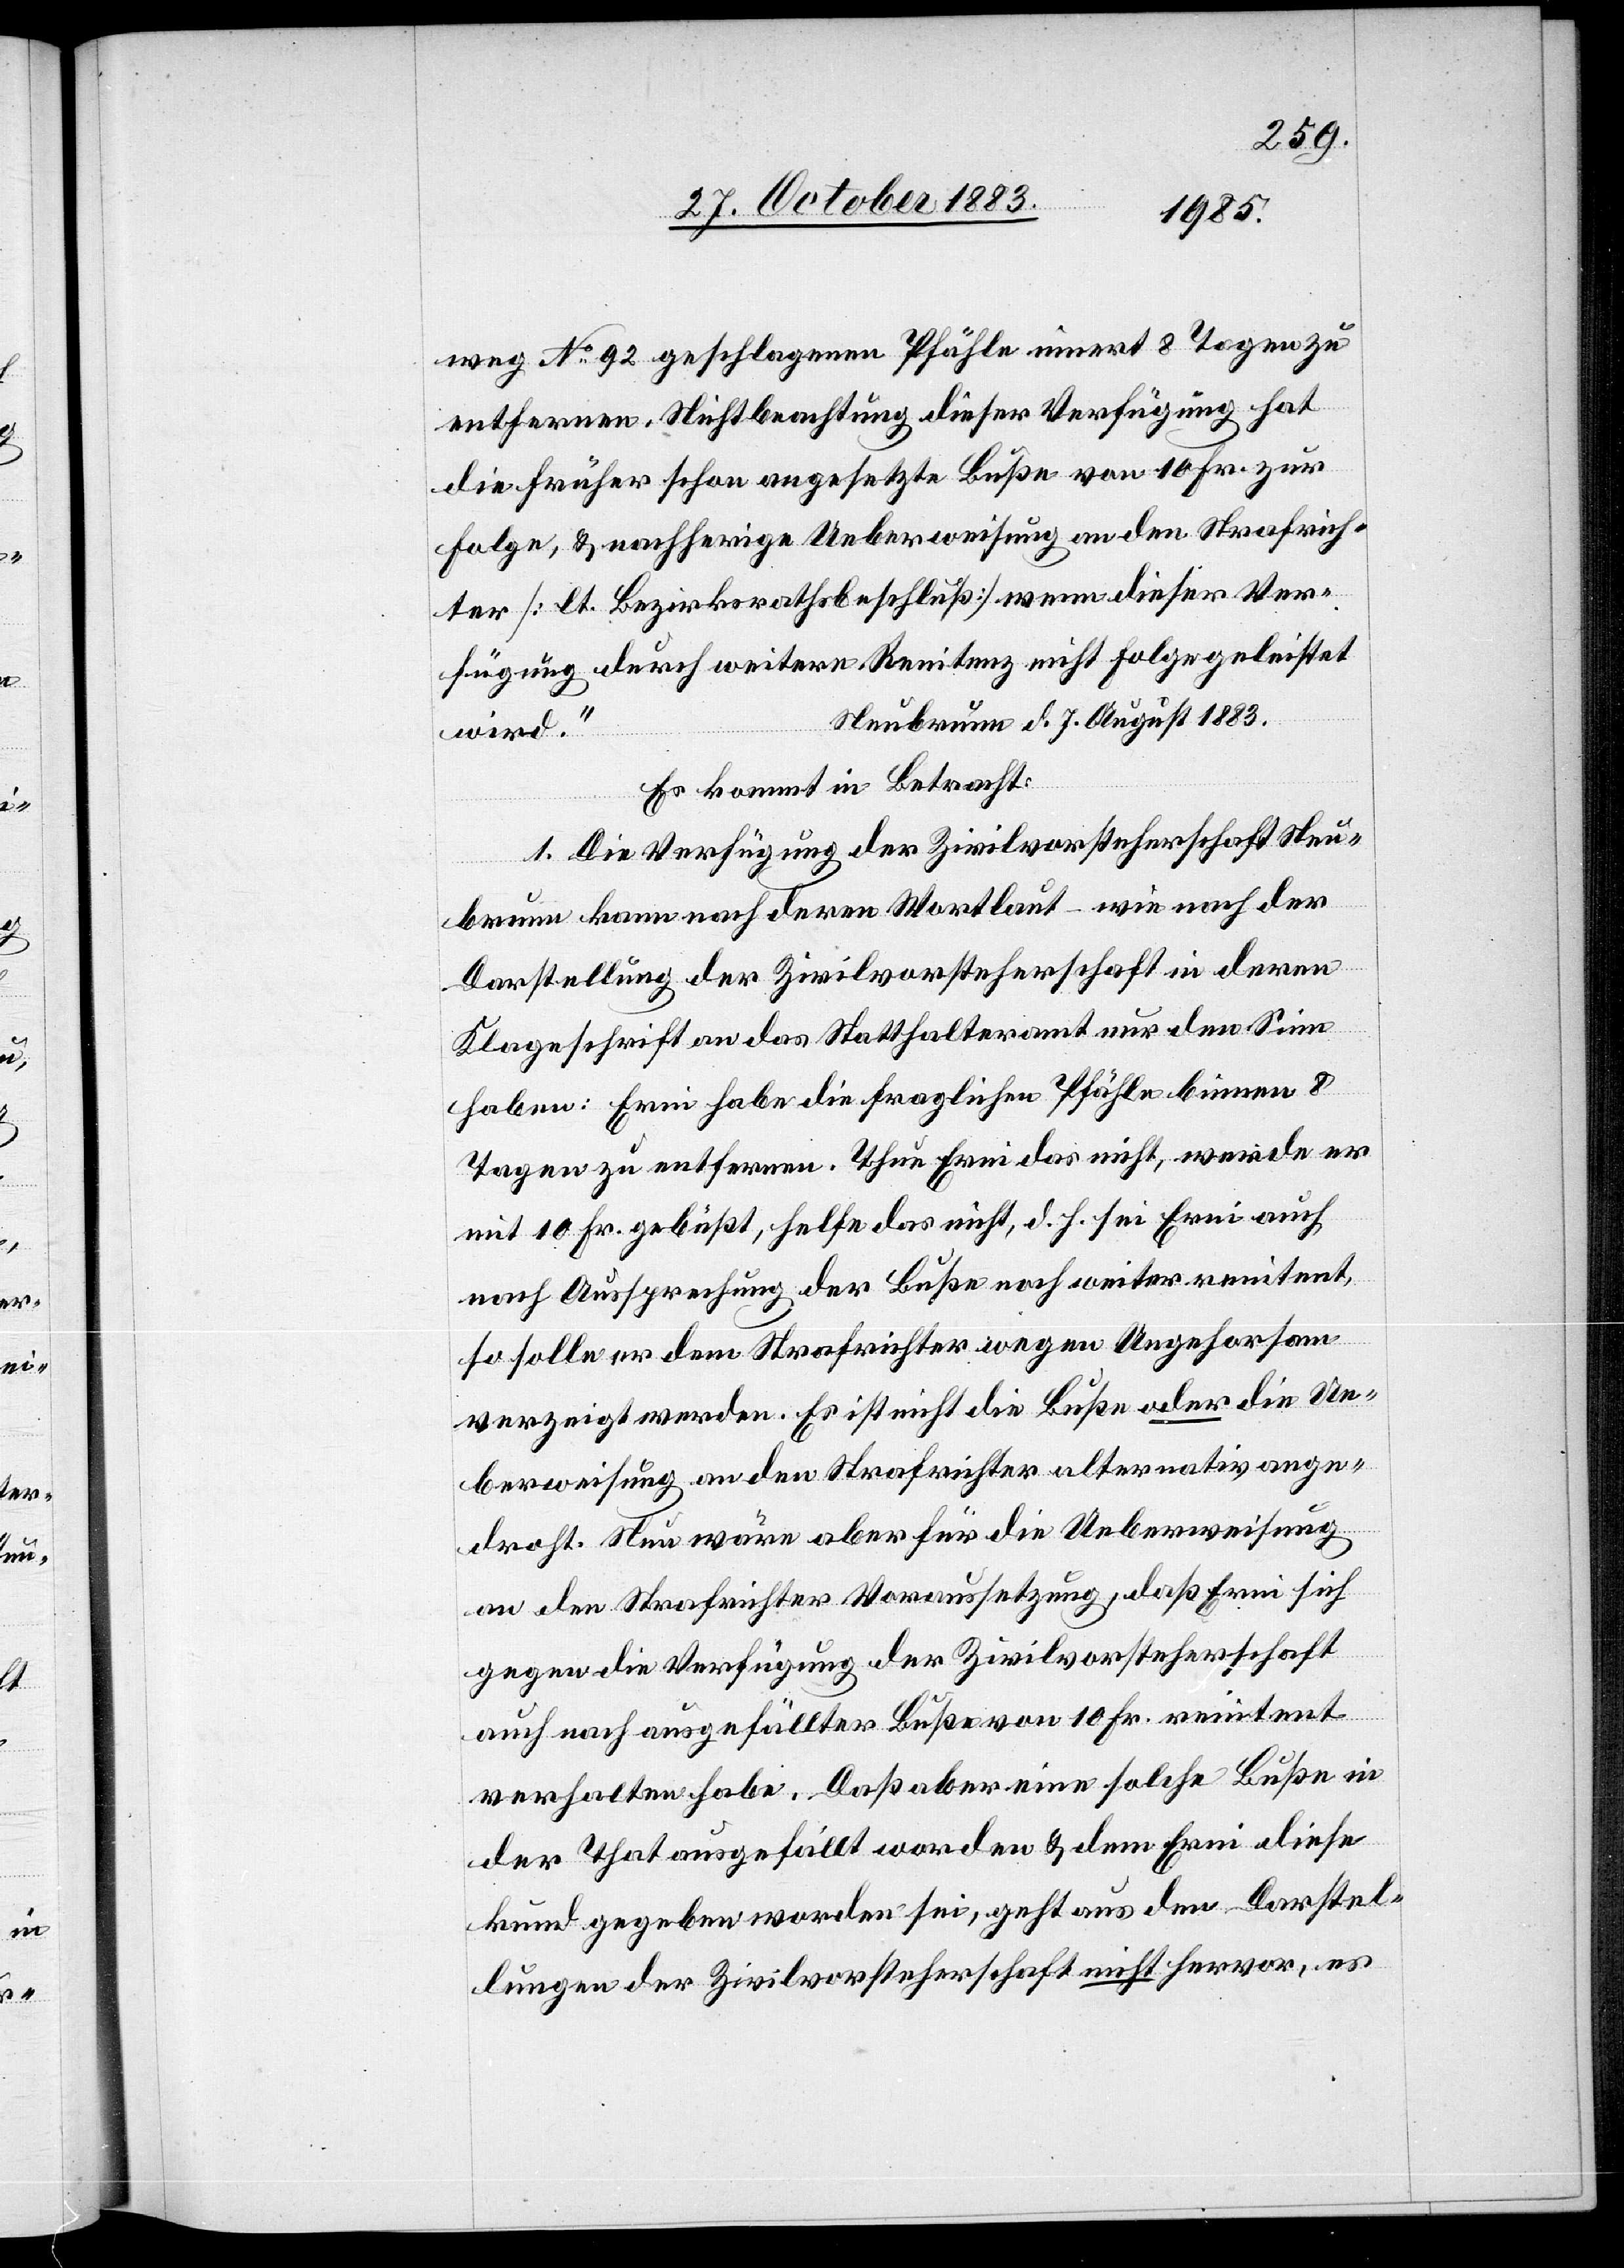
weg No 92 geschlagenen Pfähle innert 8 Tagen zu
entfernen. Nichtbeachtung dieser Verfügung hat
die früher schon angesetzte Buße von 10 Fr. zur
Folge, & nachherige Ueberweisung an den Strafrich¬
ter [lt. Bezirksrathsbeschluß] wenn dieser Ver¬
fügung durch weitere Renitenz nicht Folge geleistet
Neubrunn d. 7. August 1883.
wird.“
Es kommt in Betracht:
1. Die Verfügung der Zivilvorsteherschaft Neu¬
brunn kann nach deren Wortlaut – wie nach der
Darstellung der Zivilvorsteherschaft in deren
Klageschrift an das Statthalteramt nur den Sinn
haben: Erni habe die fraglichen Pfähle binnen 8
Tagen zu entfernen. Thue Erni das nicht, werde er
mit 10 Fr. gebüßt, helfe das nicht, d. h. sei Erni auch
nach Aussprechung der Buße noch weiter renitent,
so solle er dem Strafrichter wegen Ungehorsam
verzeigt werden. Es ist nicht die Buße oder die Ue¬
berweisung an den Strafrichter alternativ ange¬
droht. Neu wäre aber für die Ueberweisung
an den Strafrichter Voraussetzung, daß Erni sich
gegen die Verfügung der Zivilvorsteherschaft
auch nach ausgefüllter Buße von 10 Fr. renitent
verhalten habe. Daß aber eine solche Buße in
der That ausgefällt worden & dem Erni diese
kund gegeben worden sei, geht aus den Darstel¬
lungen der Zivilvorsteherschaft nicht hervor, es